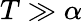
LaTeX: T\gg\alpha